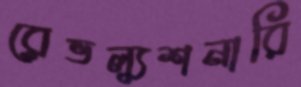
রেভল্যুশনারি